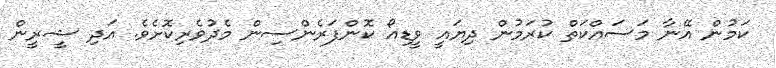
ކަމުން އޭނާ މަސައްކަތް ކުރަމުން ދިޔައީ ވީޑިއޯ ކޮންފަރެންސިން މެދުވެރިކޮށެވެ. އަދި ޝީރީން